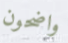
واضحون